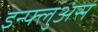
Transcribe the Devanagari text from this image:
इन्फ्लुअंस